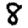
Digit: 8